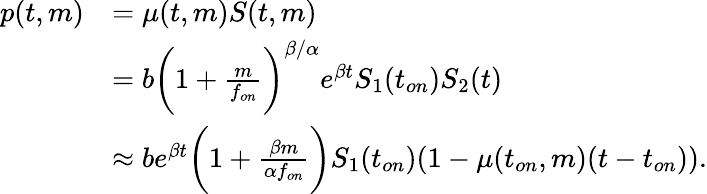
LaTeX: \begin{array}{rl}{p(t,m)}&{=\mu(t,m)S(t,m)}\\ &{=b\bigg(1+\frac{m}{f_{on}}\bigg)^{\beta/\alpha}e^{\beta t}S_{1}(t_{on})S_{2}(t)}\\ &{\approx be^{\beta t}\bigg(1+\frac{\beta m}{\alpha f_{on}}\bigg)S_{1}(t_{on})(1-\mu(t_{on},m)(t-t_{on})).}\end{array}